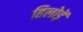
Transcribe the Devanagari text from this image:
हिलोड़ें